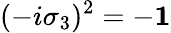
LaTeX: (-i\sigma_{3})^{2}=-{\mathbf 1}